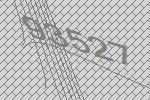
93527